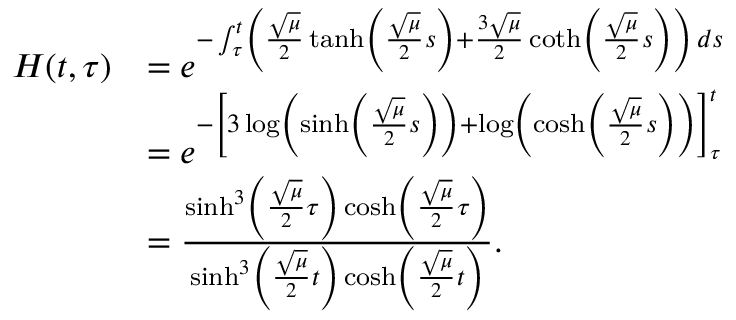
\begin{array} { r l } { H ( t , \tau ) } & { = e ^ { - \int _ { \tau } ^ { t } \left( \frac { \sqrt { \mu } } { 2 } \operatorname { t a n h } \left( \frac { \sqrt { \mu } } { 2 } s \right) + \frac { 3 \sqrt { \mu } } { 2 } \coth \left( \frac { \sqrt { \mu } } { 2 } s \right) \right) \, d s } } \\ & { = e ^ { - \left[ 3 \log \left( \sinh \left( \frac { \sqrt { \mu } } { 2 } s \right) \right) + \log \left( \cosh \left( \frac { \sqrt { \mu } } { 2 } s \right) \right) \right] _ { \tau } ^ { t } } } \\ & { = \frac { \sinh ^ { 3 } \left( \frac { \sqrt { \mu } } { 2 } \tau \right) \cosh \left( \frac { \sqrt { \mu } } { 2 } \tau \right) } { \sinh ^ { 3 } \left( \frac { \sqrt { \mu } } { 2 } t \right) \cosh \left( \frac { \sqrt { \mu } } { 2 } t \right) } . } \end{array}